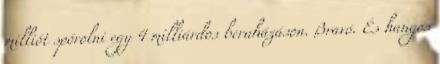
milliót spórolni egy 4 milliárdos beruházáson. Bravó. És hangos